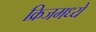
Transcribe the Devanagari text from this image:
क्रिजमध्ये